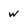
Character: w